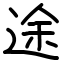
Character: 途